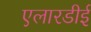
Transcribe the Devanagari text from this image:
एलारडीई